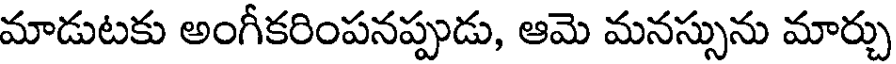
మాడుటకు అంగీకరింపనప్పుడు, ఆమె మనస్సును మార్చు